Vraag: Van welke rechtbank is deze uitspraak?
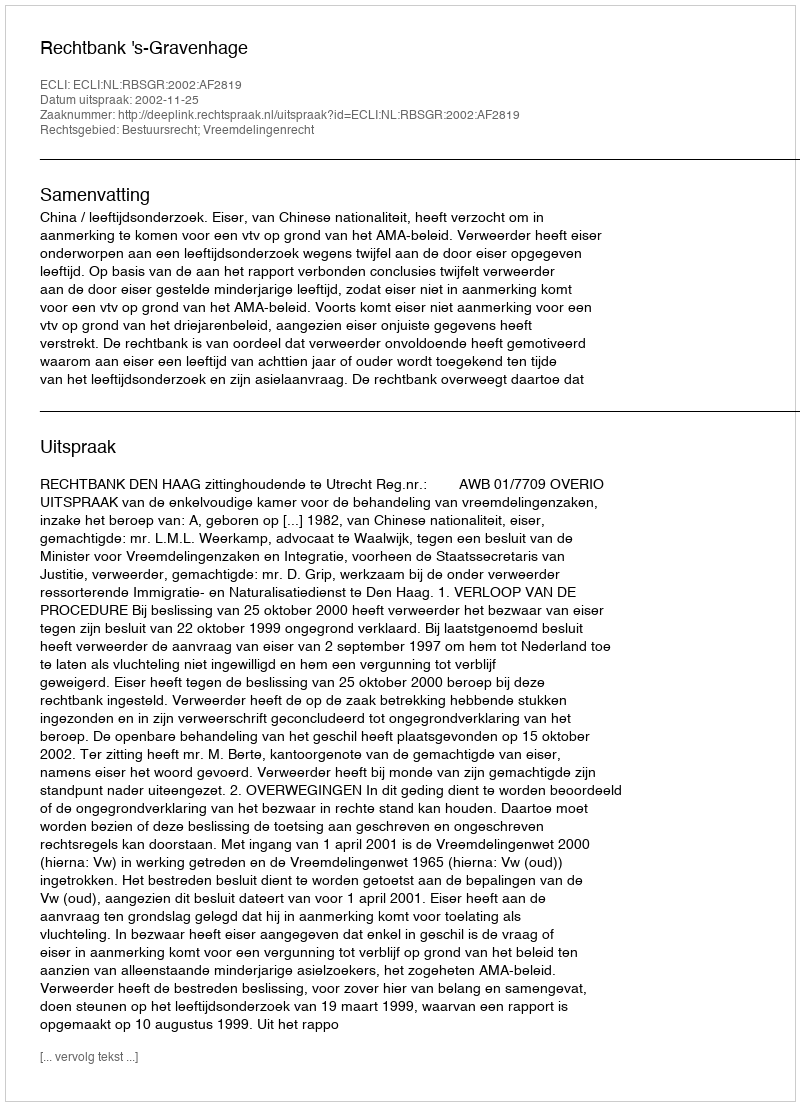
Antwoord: Rechtbank 's-Gravenhage